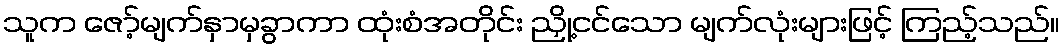
သူက ဇော့်မျက်နှာမှခွာကာ ထုံးစံအတိုင်း ညှို့ငင်သော မျက်လုံးများဖြင့် ကြည့်သည်။